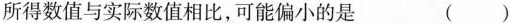
所得数值与实际数值相比，可能偏小的是 （ ）